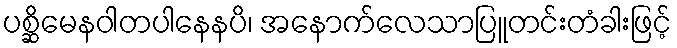
ပစ္ဆိမေနဝါတပါနေနပိ၊ အနောက်လေသာပြူတင်းတံခါးဖြင့်